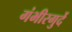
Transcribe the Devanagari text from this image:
गंभीरगुर्दे